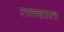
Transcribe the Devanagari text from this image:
तत्त्वात